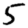
Digit: 5